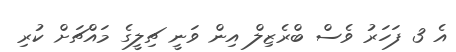
އެ 3 ފަހަރު ވެސް ބްރެޒިލް އިން ވަނީ ޗިލީގެ މައްޗަށް ކުރި